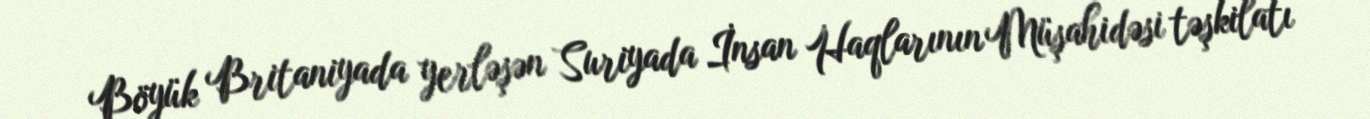
Böyük Britaniyada yerləşən Suriyada İnsan Haqlarının Müşahidəsi təşkilatı